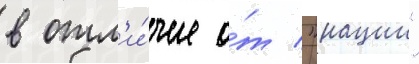
в отл'и́чие о́т "нации"